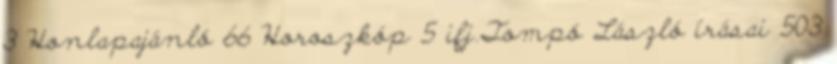
3 Honlapajánló 66 Horoszkóp 5 ifj.Tompó László írásai 503